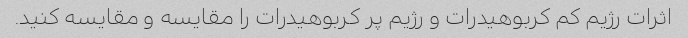
اثرات رژیم کم کربوهیدرات و رژیم پر کربوهیدرات را مقایسه و مقایسه کنید.